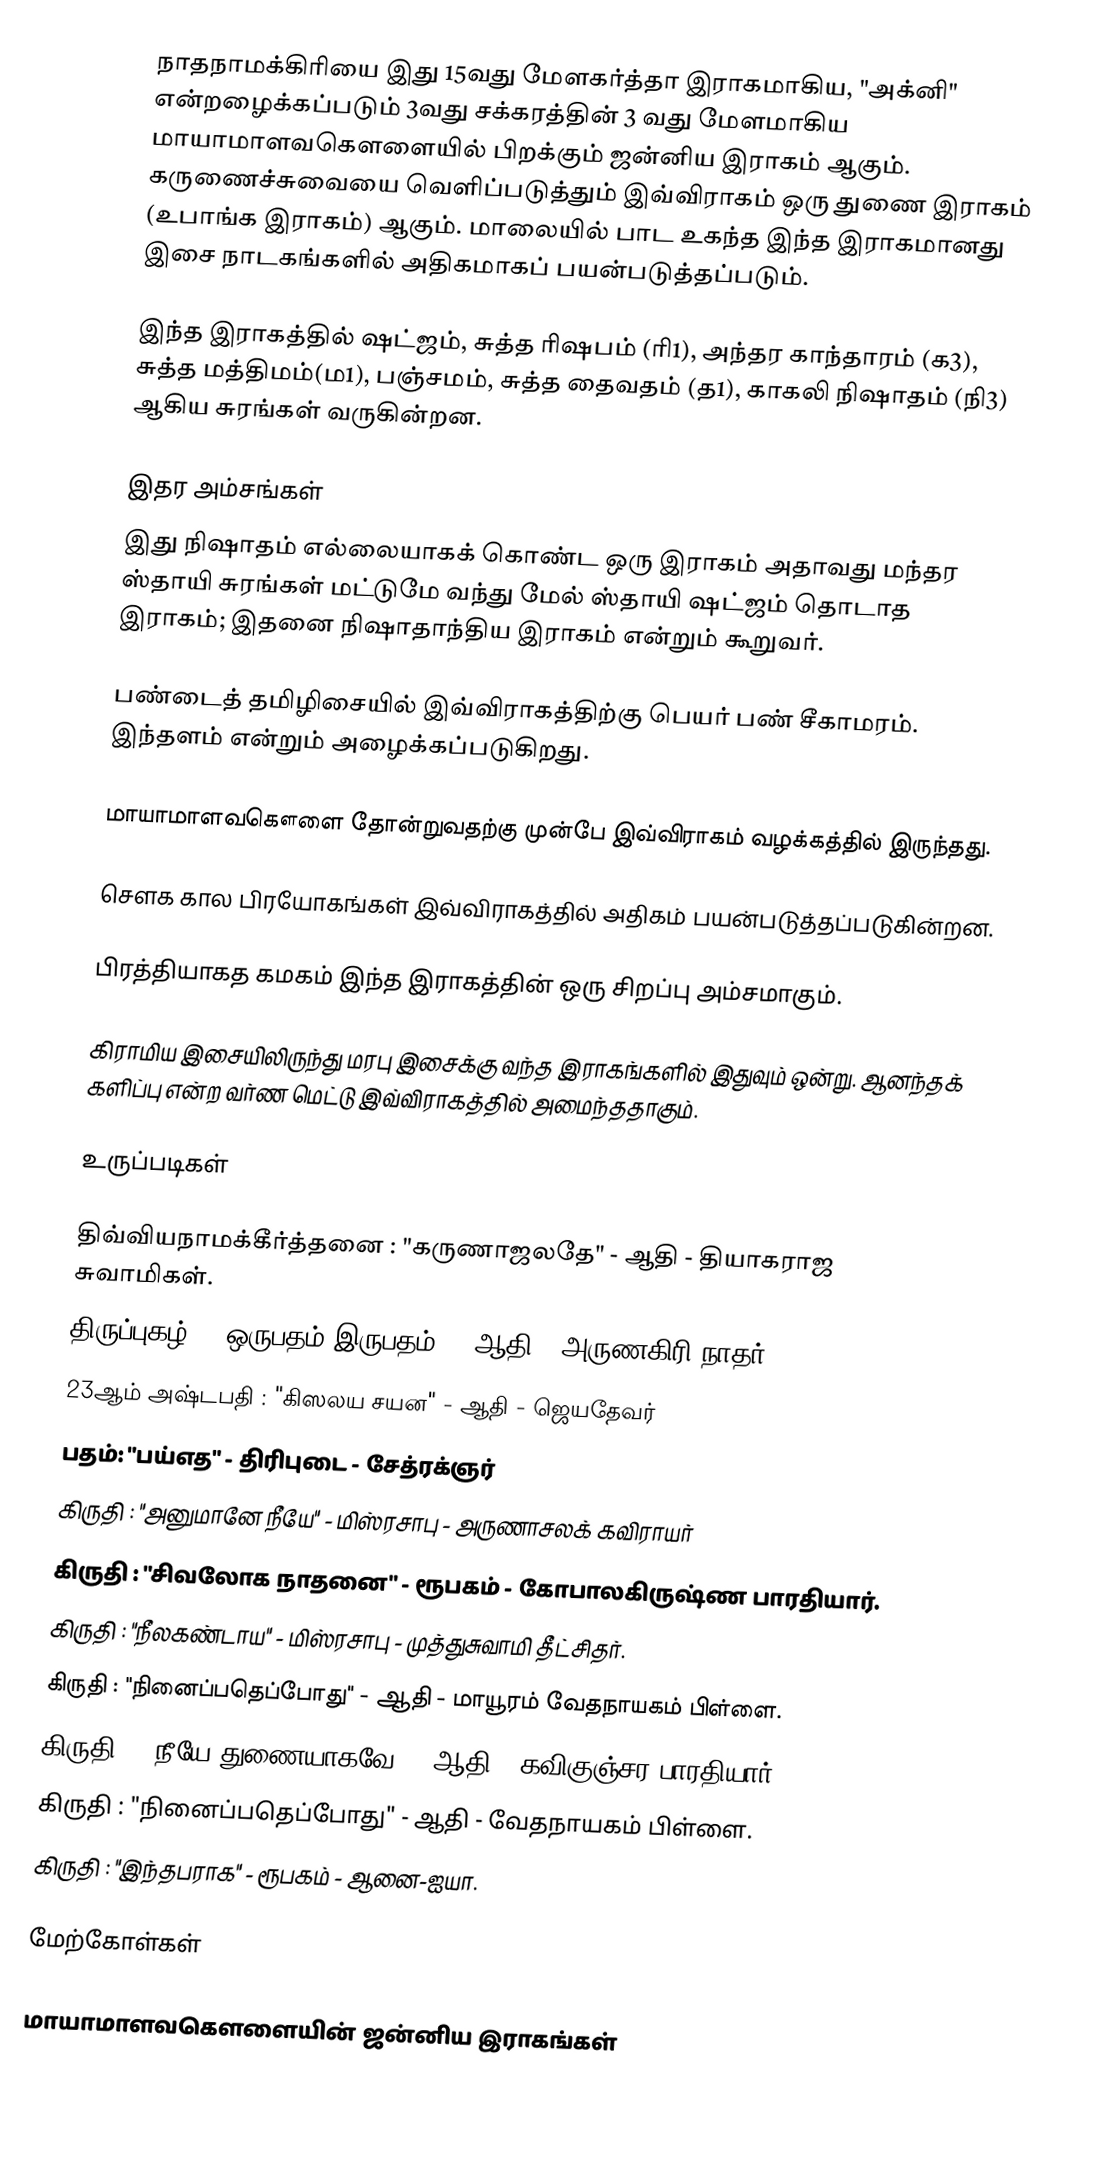
நாதநாமக்கிரியை இது 15வது மேளகர்த்தா இராகமாகிய, "அக்னி" என்றழைக்கப்படும் 3வது சக்கரத்தின் 3 வது மேளமாகிய மாயாமாளவகௌளையில் பிறக்கும் ஜன்னிய இராகம் ஆகும். கருணைச்சுவையை வெளிப்படுத்தும் இவ்விராகம் ஒரு துணை இராகம் (உபாங்க இராகம்) ஆகும். மாலையில் பாட உகந்த இந்த இராகமானது இசை நாடகங்களில் அதிகமாகப் பயன்படுத்தப்படும்.

 இந்த இராகத்தில் ஷட்ஜம், சுத்த ரிஷபம் (ரி1), அந்தர காந்தாரம் (க3), சுத்த மத்திமம்(ம1), பஞ்சமம், சுத்த தைவதம் (த1), காகலி நிஷாதம் (நி3) ஆகிய சுரங்கள் வருகின்றன.

இதர அம்சங்கள்
 இது நிஷாதம் எல்லையாகக் கொண்ட ஒரு இராகம் அதாவது மந்தர ஸ்தாயி சுரங்கள் மட்டுமே வந்து மேல் ஸ்தாயி ஷட்ஜம் தொடாத இராகம்; இதனை நிஷாதாந்திய இராகம் என்றும் கூறுவர்.

 பண்டைத் தமிழிசையில் இவ்விராகத்திற்கு பெயர் பண் சீகாமரம். இந்தளம் என்றும் அழைக்கப்படுகிறது.

 மாயாமாளவகௌளை தோன்றுவதற்கு முன்பே இவ்விராகம் வழக்கத்தில் இருந்தது.

 சௌக கால பிரயோகங்கள் இவ்விராகத்தில் அதிகம் பயன்படுத்தப்படுகின்றன.

 பிரத்தியாகத கமகம் இந்த இராகத்தின் ஒரு சிறப்பு அம்சமாகும்.

 கிராமிய இசையிலிருந்து மரபு இசைக்கு வந்த இராகங்களில் இதுவும் ஒன்று. ஆனந்தக் களிப்பு என்ற வர்ண மெட்டு இவ்விராகத்தில் அமைந்ததாகும்.

உருப்படிகள்

 திவ்வியநாமக்கீர்த்தனை	: "கருணாஜலதே"		- ஆதி		- தியாகராஜ சுவாமிகள்.
 திருப்புகழ் : "ஒருபதம் இருபதம்" - ஆதி - அருணகிரி நாதர்
 23ஆம் அஷ்டபதி : "கிஸலய சயன" - ஆதி - ஜெயதேவர்
 பதம்: "பய்எத" - திரிபுடை - சேத்ரக்ஞர்
 கிருதி		: "அனுமானே நீயே"	- மிஸ்ரசாபு	- அருணாசலக் கவிராயர்
 கிருதி			: "சிவலோக நாதனை"	- ரூபகம்	- கோபாலகிருஷ்ண பாரதியார்.
 கிருதி			: "நீலகண்டாய"		- மிஸ்ரசாபு	- முத்துசுவாமி தீட்சிதர்.
 கிருதி			: "நினைப்பதெப்போது"	- ஆதி		- மாயூரம் வேதநாயகம் பிள்ளை.
 கிருதி			: "நீயே துணையாகவே"	- ஆதி - கவிகுஞ்சர பாரதியார்.
 கிருதி			: "நினைப்பதெப்போது"	- ஆதி - வேதநாயகம் பிள்ளை.
 கிருதி			: "இந்தபராக"	- ரூபகம்	- ஆனை-ஐயா.

மேற்கோள்கள்

மாயாமாளவகௌளையின் ஜன்னிய இராகங்கள்